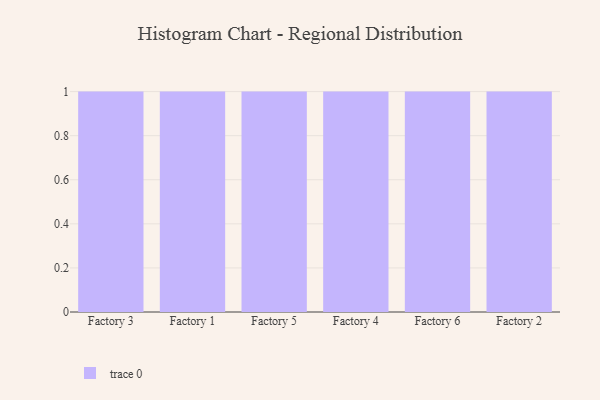
{"axis": {"x": "Factory", "y": "Humidity (%)"}, "legend": [""], "data": [{"x": "Factory 3", "y": 94, "type": ""}, {"x": "Factory 1", "y": 92, "type": ""}, {"x": "Factory 5", "y": 37, "type": ""}, {"x": "Factory 4", "y": 44, "type": ""}, {"x": "Factory 6", "y": 68, "type": ""}, {"x": "Factory 2", "y": 22, "type": ""}]}